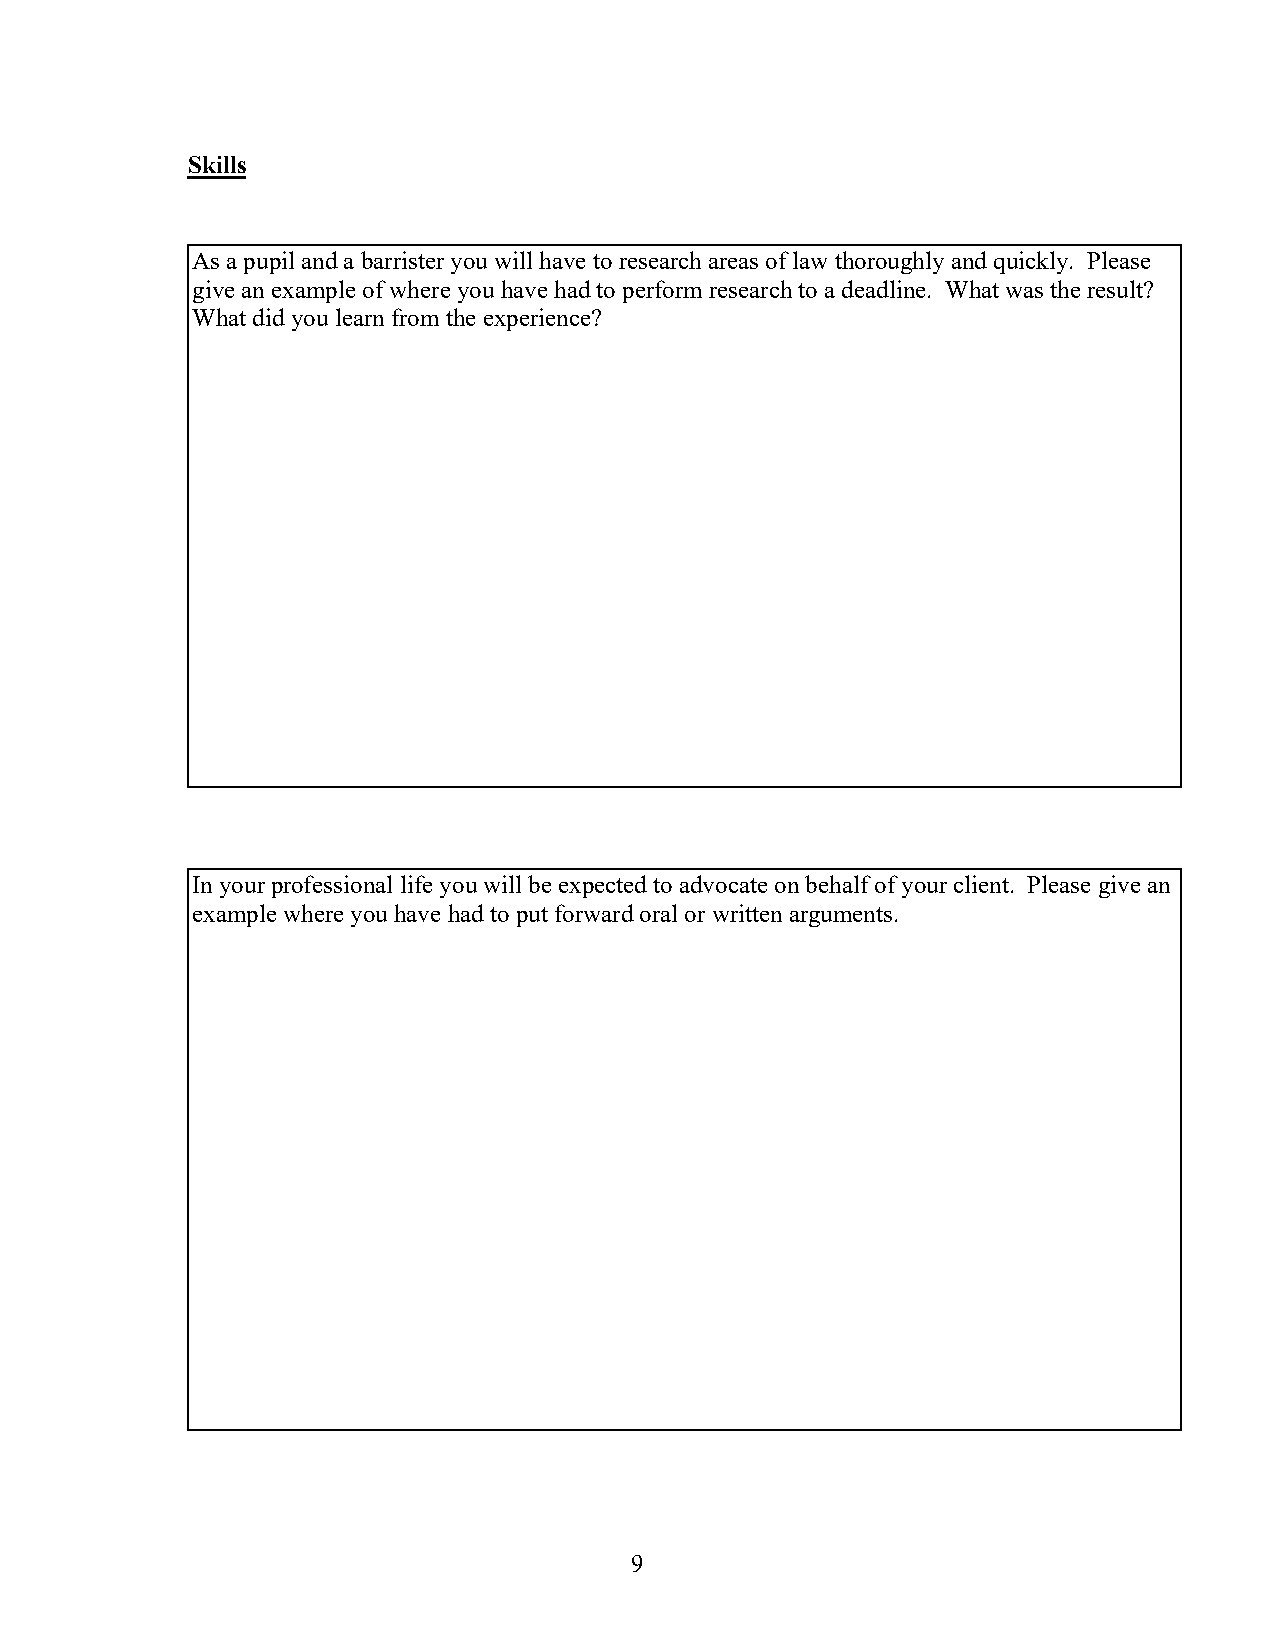
Skills
 As a pupil and a barrister you will have to research areas of law thoroughly and quickly. Please
 give an example of where you have had to perform research to a deadline. What was the result?
 What did you learn from the experience?
 In your professional life you will be expected to advocate on behalf of your client. Please give an
 example where you have had to put forward oral or written arguments.
 9